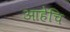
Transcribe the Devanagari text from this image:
आहेचि